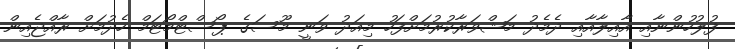
ފުލުހުންނާއި އާއިލާއާއި ދެމެދު މަޝްވަރާކުރުމަށްފަހު މިއަދު ވަނީ މޫސަގެ ޕޯސްޓްމޯޓަމް ހެދުމަށް ރާއްޖެއިން